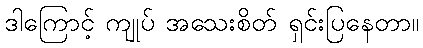
ဒါကြောင့် ကျုပ် အသေးစိတ် ရှင်းပြနေတာ။